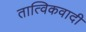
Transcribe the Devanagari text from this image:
तात्विकवादी